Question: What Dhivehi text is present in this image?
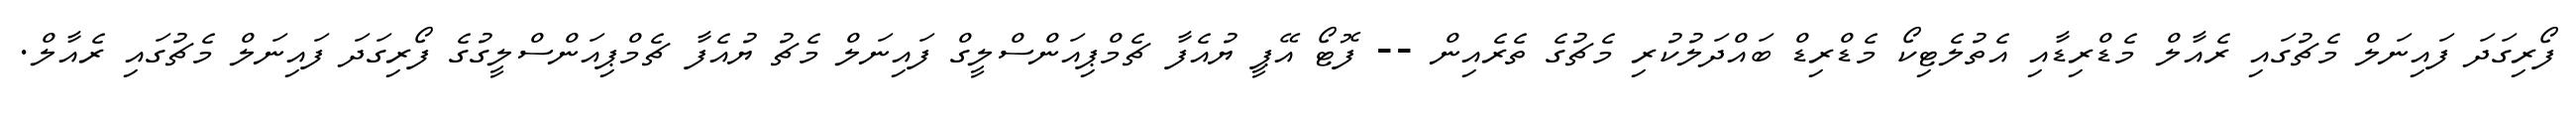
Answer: ފޯރިގަދަ ފައިނަލް މެޗުގައި ރެއާލް މެޑްރިޑާއި އެތުލެޓިކޯ މެޑްރިޑް ބައްދަލުކުރި މެޗުގެ ތެރެއިން -- ފޮޓޯ އޭޕީ ޔުއެފާ ޗެމްޕިއަންސްލީގް ފައިނަލް މެޗު ޔުއެފާ ޗެމްޕިއަންސްލީގުގެ ފޯރިގަދަ ފައިނަލް މެޗުގައި ރެއާލް.